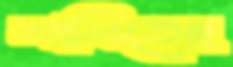
শানিতেছ